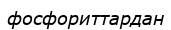
фосфориттардан